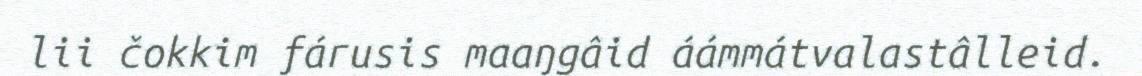
lii čokkim fárusis maaŋgâid áámmátvalastâlleid.